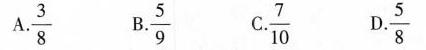
A.\frac{3}{8} B. \frac{5}{9} C.\frac{7}{10} D.\frac{5}{8}